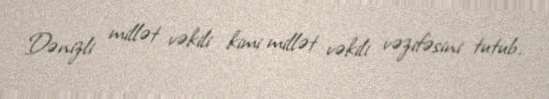
Dənizli millət vəkili kimi millət vəkili vəzifəsini tutub.